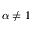
\alpha \neq 1